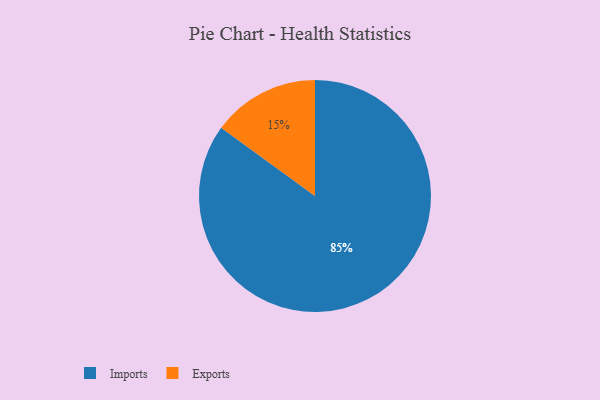
{"axis": {"x": "Category", "y": "Percentage"}, "legend": ["Exports", "Imports"], "data": [{"x": "Imports", "y": 85, "type": "Imports"}, {"x": "Exports", "y": 15, "type": "Exports"}]}